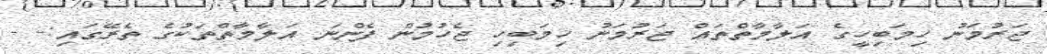
ޖަރުމަނު ހިމަބިހީގެ އަލާމާތްތައް ޖަރުމަނު ހިމަބިހި ޖެހުމުން ފެންނަ އަލާމާތްތަކުގެ ތެރޭގައި:- -